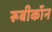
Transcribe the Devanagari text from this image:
रूबीकॉन